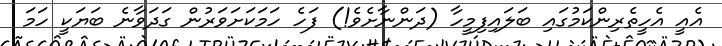
އެއީ އެހީތެރިންކަމުގައި ބަލައިފިމީހާ (ދަންނާށެވެ!) ފަހެ ހަމަކަށަވަރުން ގަދަވާނެ ބަޔަކީ ހަމަ